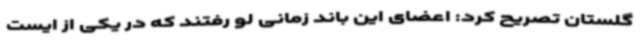
گلستان تصریح کرد: اعضای این باند زمانی لو رفتند که در یکی از ایست